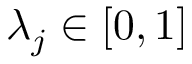
\lambda _ { j } \in [ 0 , 1 ]